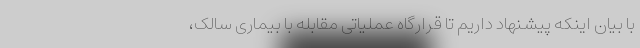
با بیان اینکه پیشنهاد داریم تا قرارگاه عملیاتی مقابله با بیماری سالک،